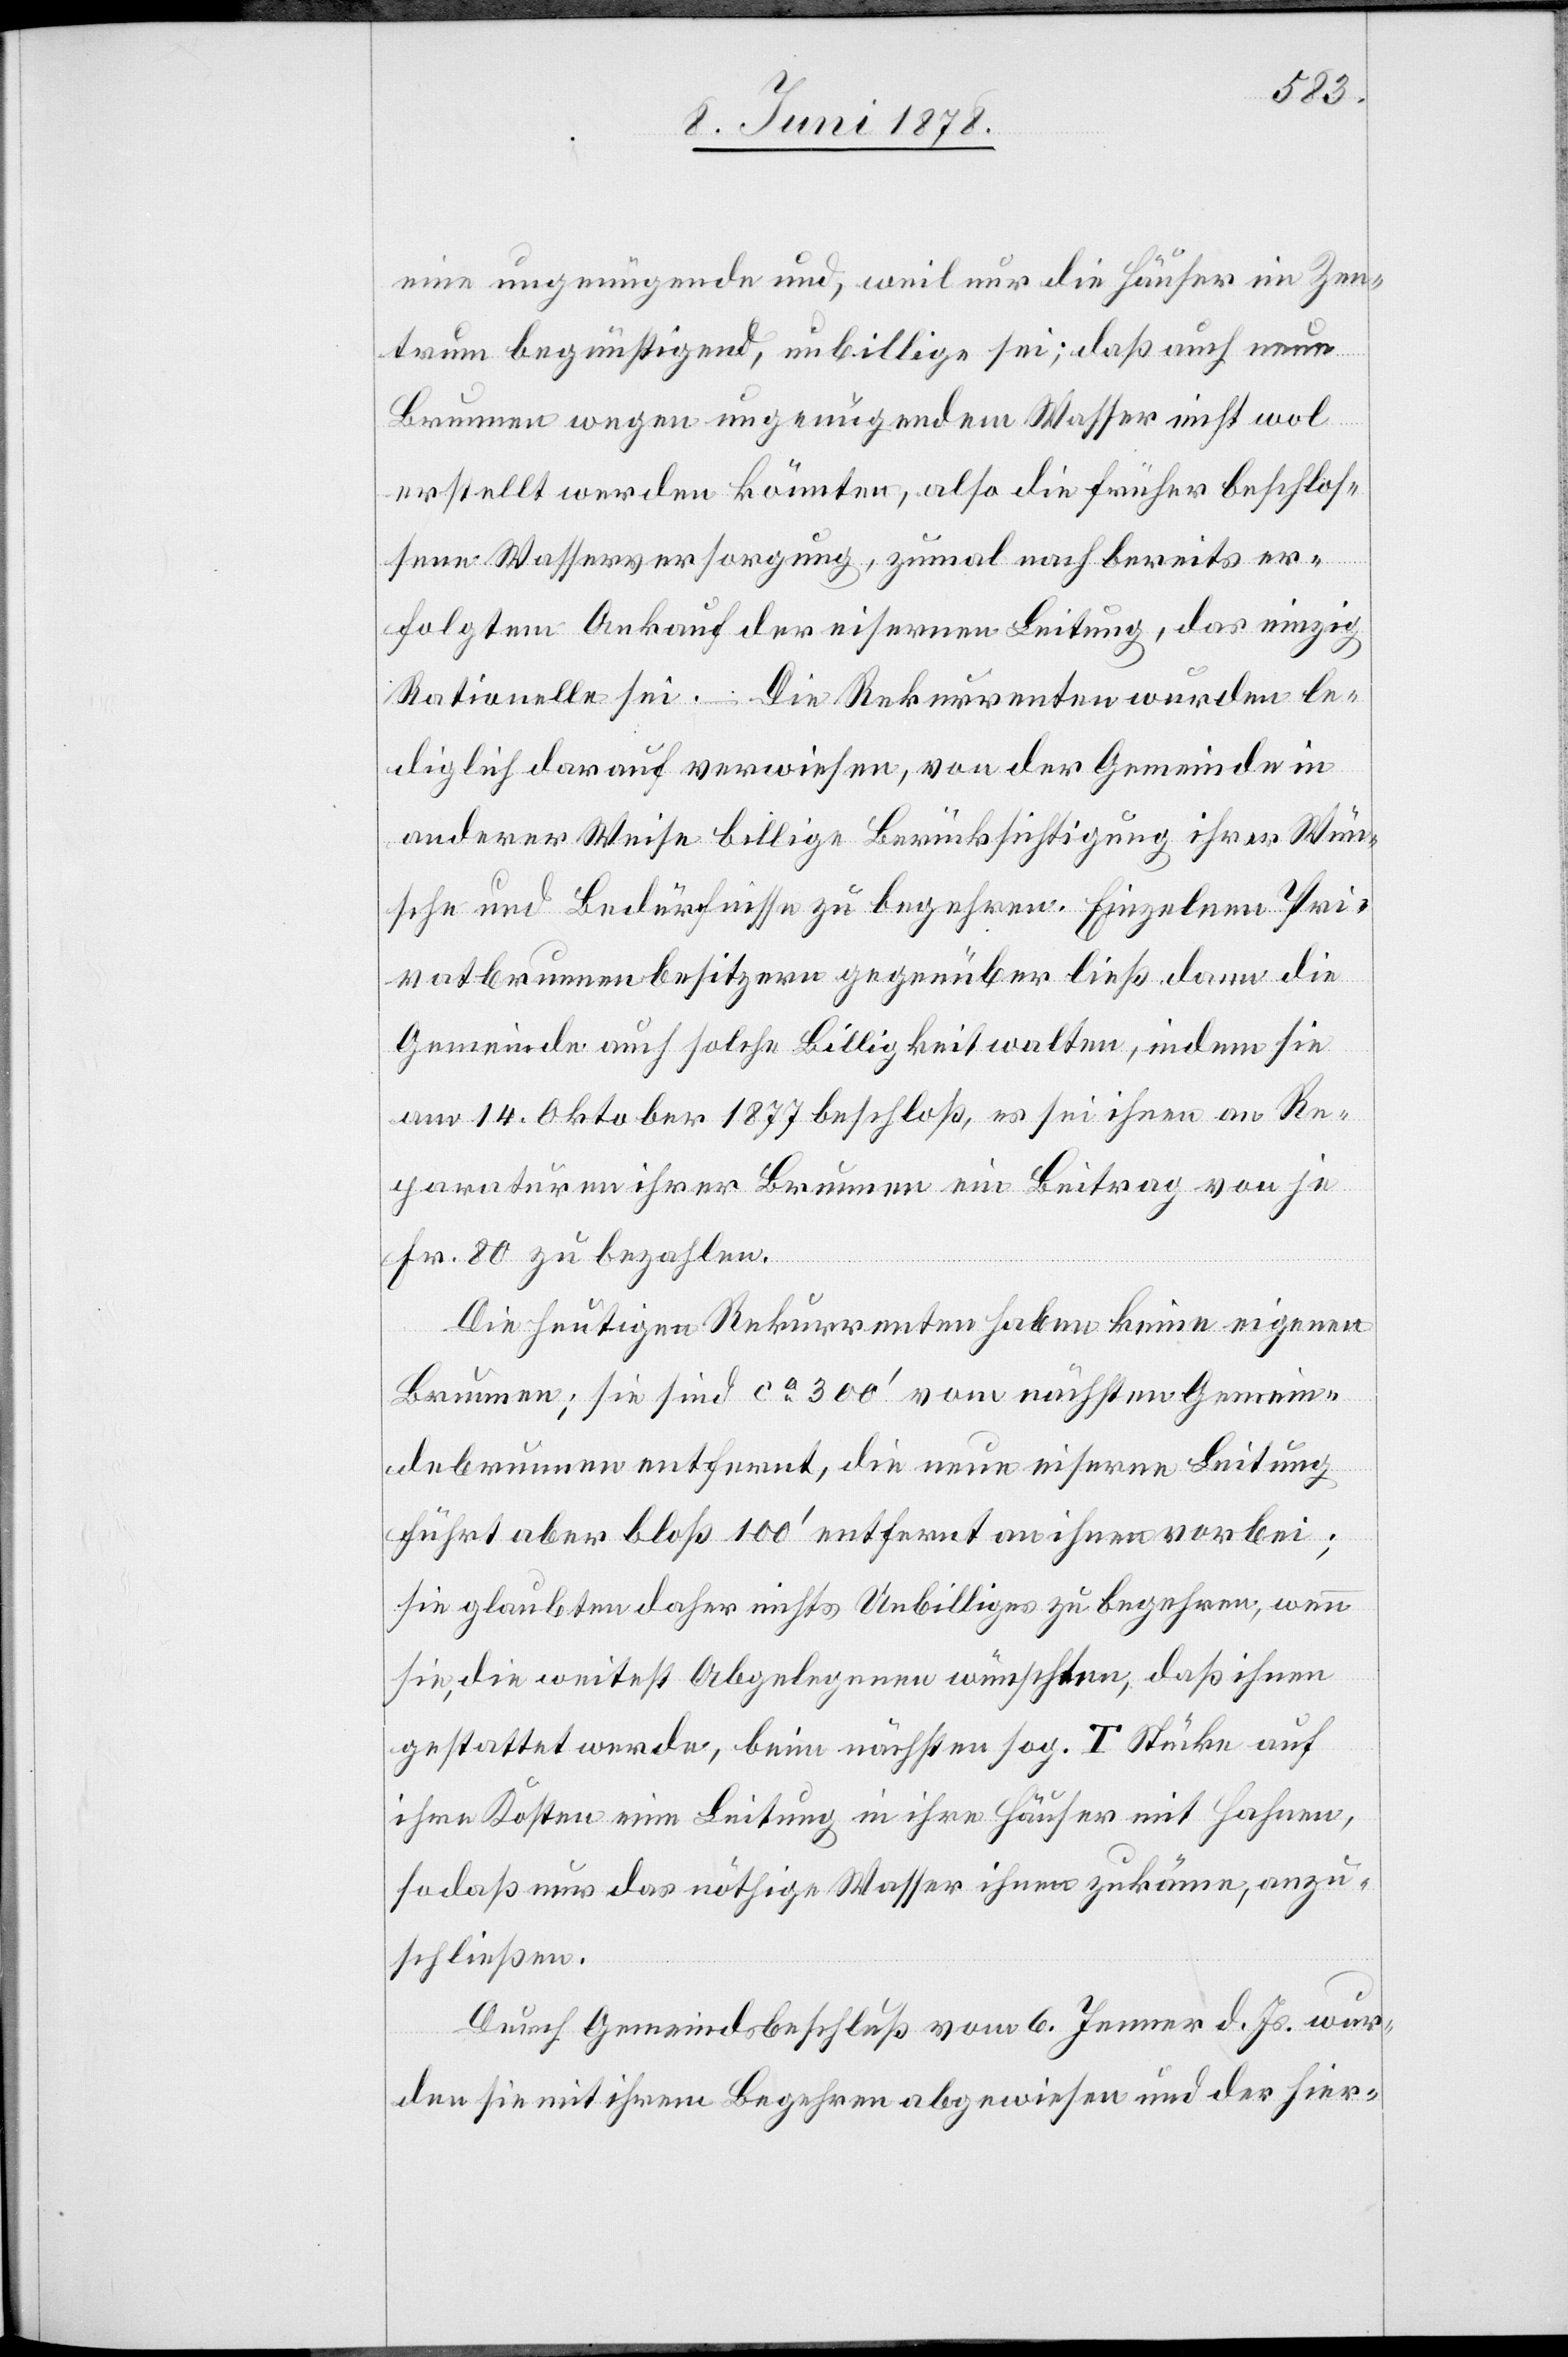
eine ungenügende und, weil nur die Häuser im Zen¬
trum begünstigend, unbillige sei; daß auch neue
Brunnen wegen ungenügendem Wasser nicht wol
erstellt werden könnten, also die früher beschlos¬
sene Wasserversorgung, zumal nach bereits er¬
folgten Ankauf der eisernen Leitung, das einzig
Rationelle sei. Die Rekurrenten wurden le¬
diglich darauf verwiesen, von der Gemeinde in
anderer Weise billige Berücksichtigung ihrer Wün¬
sche und Bedürfnisse zu begehren. Einzelnen Pri¬
vatbrunnenbesitzern gegenüber ließ dann die
Gemeinde auch solche Billigkeit walten, indem sie
am 14. Oktober 1877 beschloß, es sei ihnen an Re¬
paraturen ihrer Brunnen ein Beitrag von je
Fr. 80 zu bezahlen.
Die heutigen Rekurrenten haben keine eigenen
Brunnen; sie sind ca 300’ vom nächsten Gemein¬
debrunnen entfernt, die neue eiserne Leitung
führt aber bloß 100’ entfernt an ihnen vorbei;
sie glaubten daher nichts Unbilliges zu begehen, wenn
sie, die weitest Abgelegenen wünschten, daß ihnen
gestattet werde, beim nächsten sog. T Stücke auf
ihre Kosten eine Leitung in ihre Häuser mit Hahnen,
so daß nur das nöthige Wasser ihnen zukömme, anzu¬
schließen.
Durch Gemeindsbeschluß vom 6. Jenner d. Js. wur¬
den sie mit ihrem Begehren abgewiesen und der hier-